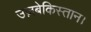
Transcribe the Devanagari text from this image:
उज़बेकिस्तान।